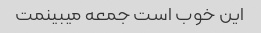
این خوب است جمعه میبینمت